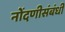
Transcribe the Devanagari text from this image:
नोंदणीसंबंधी